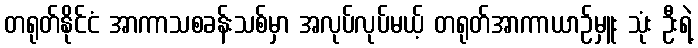
တရုတ်နိုင်ငံ အာကာသစခန်းသစ်မှာ အလုပ်လုပ်မယ့် တရုတ်အာကာယာဉ်မှူး သုံး ဦးရဲ့